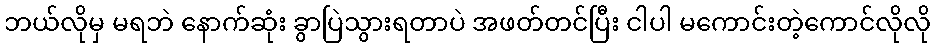
ဘယ်လိုမှ မရဘဲ နောက်ဆုံး ခွာပြဲသွားရတာပဲ အဖတ်တင်ပြီး ငါပါ မကောင်းတဲ့ကောင်လိုလို